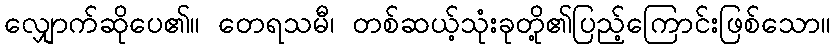
လျှောက်ဆိုပေ၏။ တေရသမီ၊ တစ်ဆယ့်သုံးခုတို့၏ပြည့်ကြောင်းဖြစ်သော။